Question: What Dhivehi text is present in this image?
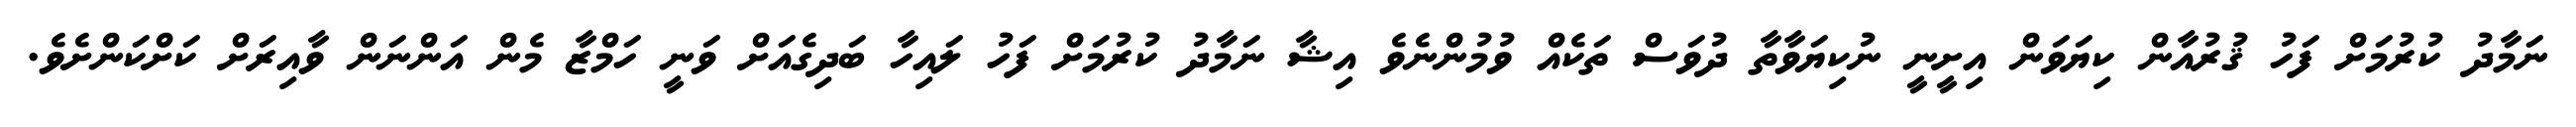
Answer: ނަމާދު ކުރުމަށް ފަހު ޤުރުއާން ކިޔަވަން އިށީނީ ނުކިޔަވާތާ ދުވަސް ތަކެއް ވުމުންނެވެ އިޝާ ނަމާދު ކުރުމަށް ފަހު ލައިހާ ބަދިގެއަށް ވަނީ ހަމްޒާ މެން އަންނަން ވާއިރަށް ކަށްކަންށެވެ.